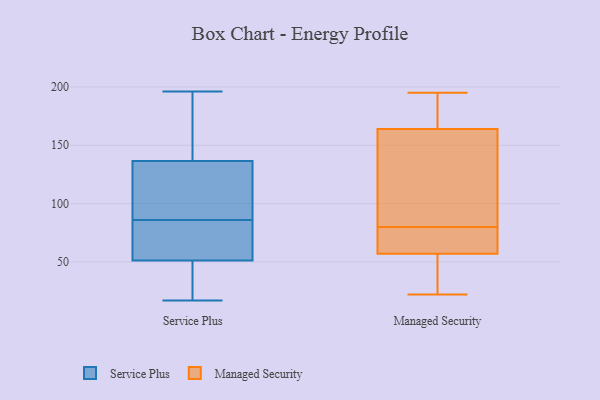
{"axis": {"x": "Tickets Resolved", "y": "Value"}, "legend": ["Managed Security", "Service Plus"], "data": [{"x": "", "y": 56, "type": "Service Plus"}, {"x": "", "y": 133, "type": "Service Plus"}, {"x": "", "y": 196, "type": "Service Plus"}, {"x": "", "y": 63, "type": "Service Plus"}, {"x": "", "y": 17, "type": "Service Plus"}, {"x": "", "y": 37, "type": "Service Plus"}, {"x": "", "y": 147, "type": "Service Plus"}, {"x": "", "y": 96, "type": "Service Plus"}, {"x": "", "y": 33, "type": "Service Plus"}, {"x": "", "y": 120, "type": "Service Plus"}, {"x": "", "y": 157, "type": "Service Plus"}, {"x": "", "y": 76, "type": "Service Plus"}, {"x": "", "y": 86, "type": "Service Plus"}, {"x": "", "y": 162, "type": "Managed Security"}, {"x": "", "y": 171, "type": "Managed Security"}, {"x": "", "y": 29, "type": "Managed Security"}, {"x": "", "y": 170, "type": "Managed Security"}, {"x": "", "y": 69, "type": "Managed Security"}, {"x": "", "y": 170, "type": "Managed Security"}, {"x": "", "y": 22, "type": "Managed Security"}, {"x": "", "y": 57, "type": "Managed Security"}, {"x": "", "y": 87, "type": "Managed Security"}, {"x": "", "y": 62, "type": "Managed Security"}, {"x": "", "y": 151, "type": "Managed Security"}, {"x": "", "y": 130, "type": "Managed Security"}, {"x": "", "y": 80, "type": "Managed Security"}, {"x": "", "y": 66, "type": "Managed Security"}, {"x": "", "y": 195, "type": "Managed Security"}, {"x": "", "y": 57, "type": "Managed Security"}, {"x": "", "y": 38, "type": "Managed Security"}]}